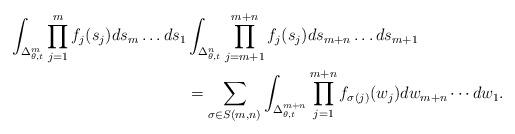
LaTeX: \begin{align*} \int_{\Delta_{\theta,t}^m} \prod_{j=1}^m f_j(s_j) ds_m \dots ds_1 & \int_{\Delta_{\theta,t}^n} \prod_{j=m+1}^{m+n} f_j(s_j) ds_{m+n} \dots ds_{m+1} \\&= \sum_{\sigma\in S(m,n)} \int_{\Delta_{\theta,t}^{m+n}} \prod_{j=1}^{m+n} f_{\sigma(j)} (w_j) dw_{m+n}\cdots dw_1. \end{align*}